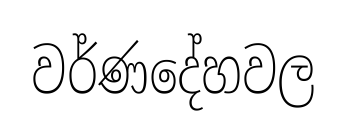
වර්ණදේහවල